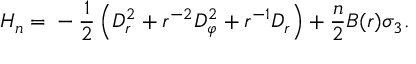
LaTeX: H _ { n } = { } - \frac 1 2 \left( { \cal D } _ { r } ^ { 2 } + r ^ { - 2 } { \cal D } _ { \varphi } ^ { 2 } + r ^ { - 1 } { \cal D } _ { r } \right) + \frac n 2 B ( r ) \sigma _ { 3 } .